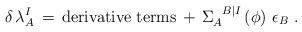
LaTeX: \begin{align*}\delta \, \lambda_A^I \, = \,\mbox{derivative terms} \, + \, \Sigma_{A}^{\phantom{A} B\vert I} \left( \phi \right) \, \epsilon_B~.\end{align*}